Papers set at the Examination for Leaving Certificates, 1894
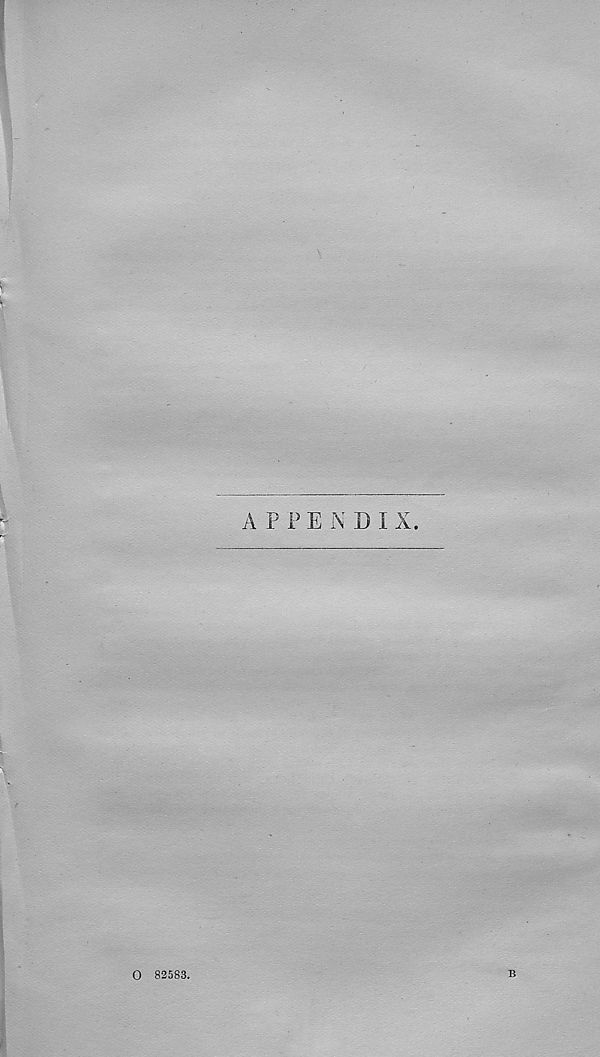
A P P E N D I X.
O 82583.
B